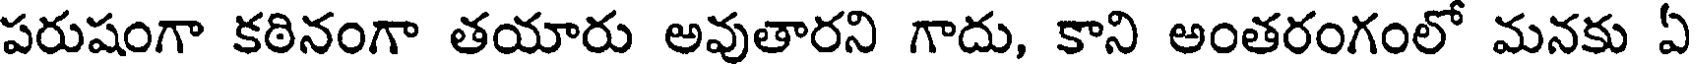
పరుషంగా కఠినంగా తయారు అవుతారని గాదు, కాని అంతరంగంలో మనకు ఏ